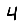
Digit: 4